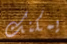
يمكنك